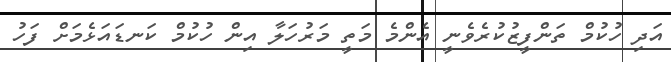
އަދި ހުކުމް ތަންފީޒުކުރެވެނީ އެންމެ މަތީ މަރުހަލާ އިން ހުކުމް ކަނޑައަޅެމަށް ފަހު